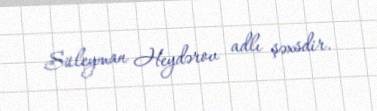
Süleyman Heydərov adlı şəxsdir.